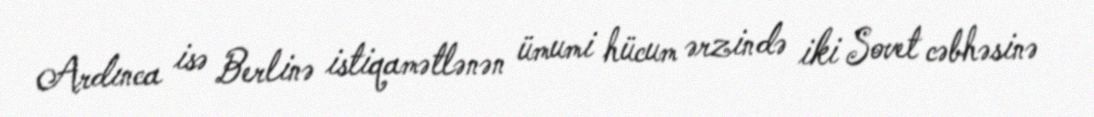
Ardınca isə Berlinə istiqamətlənən ümumi hücum ərzində iki Sovet cəbhəsinə